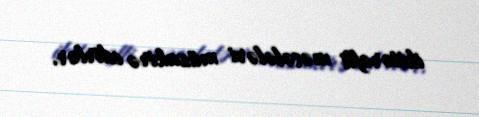
ikitərəfli məsələləri müzakirə edirlər.